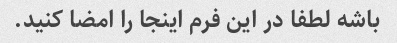
باشه لطفا در این فرم اینجا را امضا کنید.